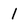
Character: 1